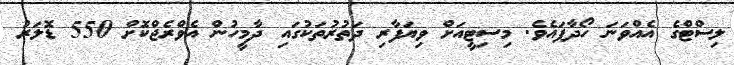
ލިސްޓްގެ އެއްވަނަ ހޯދާފައެވެ. މިސިޓީއަށް ވިޔަފާރި ދަތުރުތަކުގައި ދާމީހުން އެވްރެޖްކޮށް 550 ޑޮލަރު